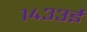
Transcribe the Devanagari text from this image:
१४३३ई